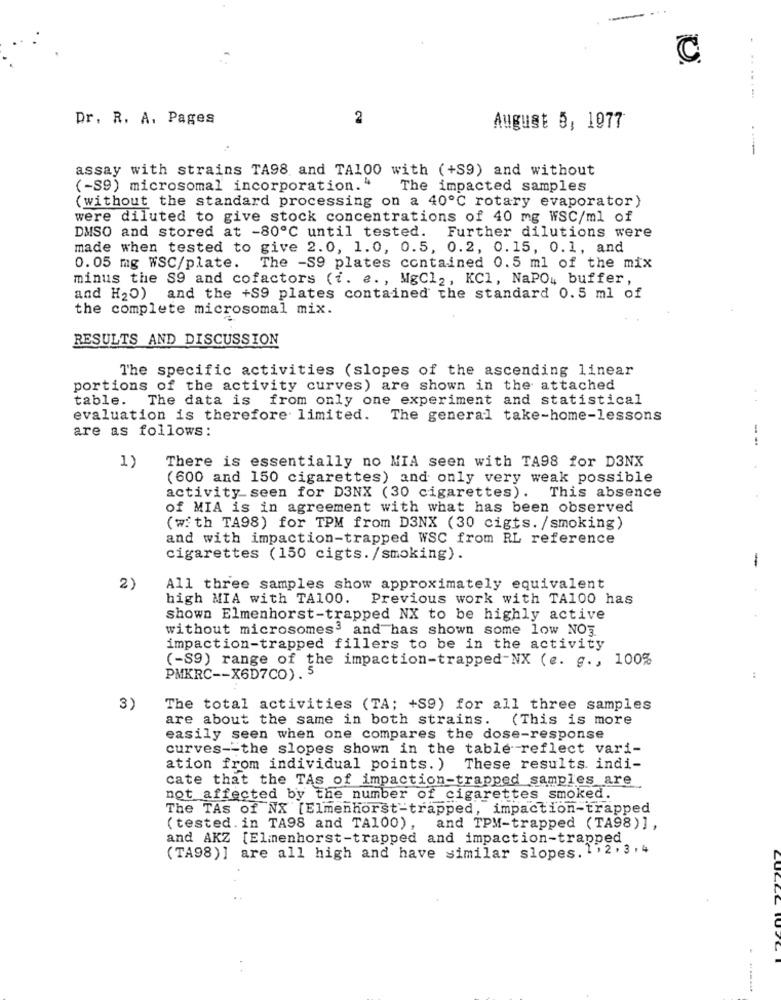
Dr. R. A. Pages
2
August 5, 1977
assay with strains TA98 and TA100 with (+S9) and without
(-S9) microsomal incorporation."
The impacted samples
(without the standard processing on a 40℃ rotary evaporator)
were diluted to give stock concentrations of 40 mg WSC/ml of
DMSO and stored at -80℃ until tested. Further dilutions were
made when tested to give 2.0, 1.0, 0.5, 0.2, 0.15, 0.1, and
0.05 mg WSC/plate.
The -S9 plates contained 0.5 ml of the mix
minus the S9 and cofactors (i. e. , MgCl2, KCl, NaPO, buffer,
and H20) and the +S9 plates contained the standard 0.5 ml of
the complete microsomal mix.
RESULTS AND DISCUSSION
The specific activities (slopes of the ascending linear
portions of the activity curves) are shown in the attached
table. The data is from only one experiment and statistical
evaluation is therefore limited. The general take-home-lessons
are as follows:
--
There is essentially no MIA seen with TA98 for D3NX
1)
(600 and 150 cigarettes) and only very weak possible
activity seen for D3NX (30 cigarettes).
This absence
of MIA is in agreement with what has been observed
(with TA98) for TPM from D3NX (30 cigts. /smoking)
and with impaction-trapped WSC from RL reference
cigarettes (150 cigts./smoking).
-
2)
All three samples show approximately equivalent
high MIA with TA100.
Previous work with TA100 has
shown Elmenhorst-trapped NX to be highly active
without microsomes3 and has shown some low NO3
impaction-trapped fillers to be in the activity
(-S9) range of the impaction-trapped-NX (e. g ., 100%
PMKRC -- X6D7CO) . 5
:
3)
The total activities (TA; +S9) for all three samples
are about the same in both strains.
(This is more
easily seen when one compares the dose-response
curves -- the slopes shown in the table reflect vari-
ation from individual points. )
These results. indi-
cate that the TAs of impaction-trapped samples are
not affected by the number of cigarettes smoked.
The TAs of NX [Elmenhorst-trapped, impaction-trapped
(tested. in TA98 and TA100), and TPM-trapped (TA98)],
and AKZ [Elmenhorst-trapped and impaction-trapped
(TA98)] are all high and have similar slopes. 1 , 2 , 3,4
. .